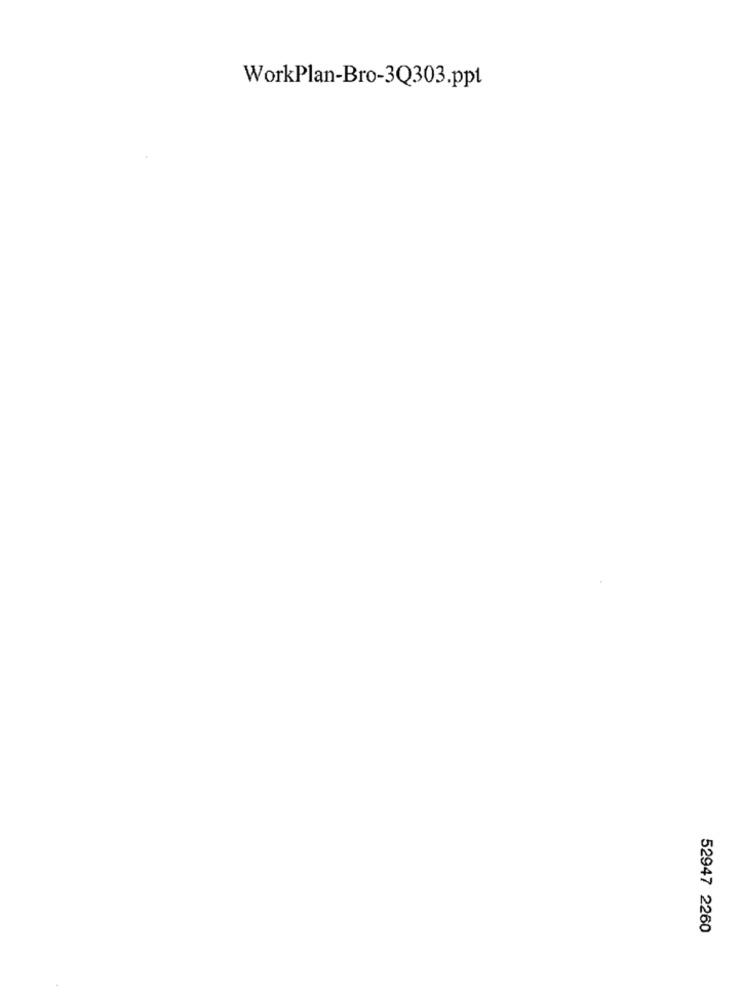
WorkPlan-Bro-3Q303.ppt
52947 2260